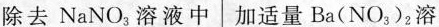
除去NaNo_{3}溶液中 加适量Ba(No_{3}_{2})溶